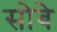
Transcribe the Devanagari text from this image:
सोबे